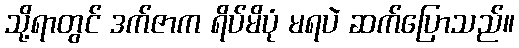
သို့ရာတွင် ဒက်ဇာက ရိပ်မိပုံ မရပဲ ဆက်ပြောသည်။